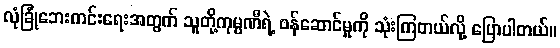
လုံခြုံဘေးကင်းရေးအတွက် သူတို့ကုမ္ပဏီရဲ့ ဝန်ဆောင်မှုကို သုံးကြတယ်လို့ ပြောပါတယ်။